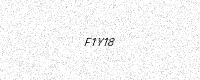
Text: F1Y18